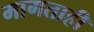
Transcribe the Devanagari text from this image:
मागताही